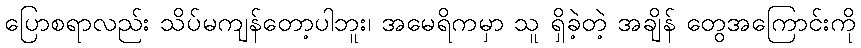
ပြောစရာလည်း သိပ်မကျန်တော့ပါဘူး၊ အမေရိကမှာ သူ ရှိခဲ့တဲ့ အချိန် တွေအကြောင်းကို